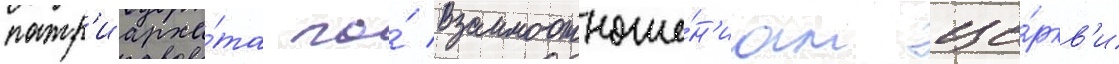
патр'иарха́та по́ взаимоотноше́н'иам це́ркв'и